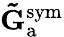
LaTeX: \mathbf{\tilde{G}}_{\mathrm{a}}^{\mathrm{sym}}